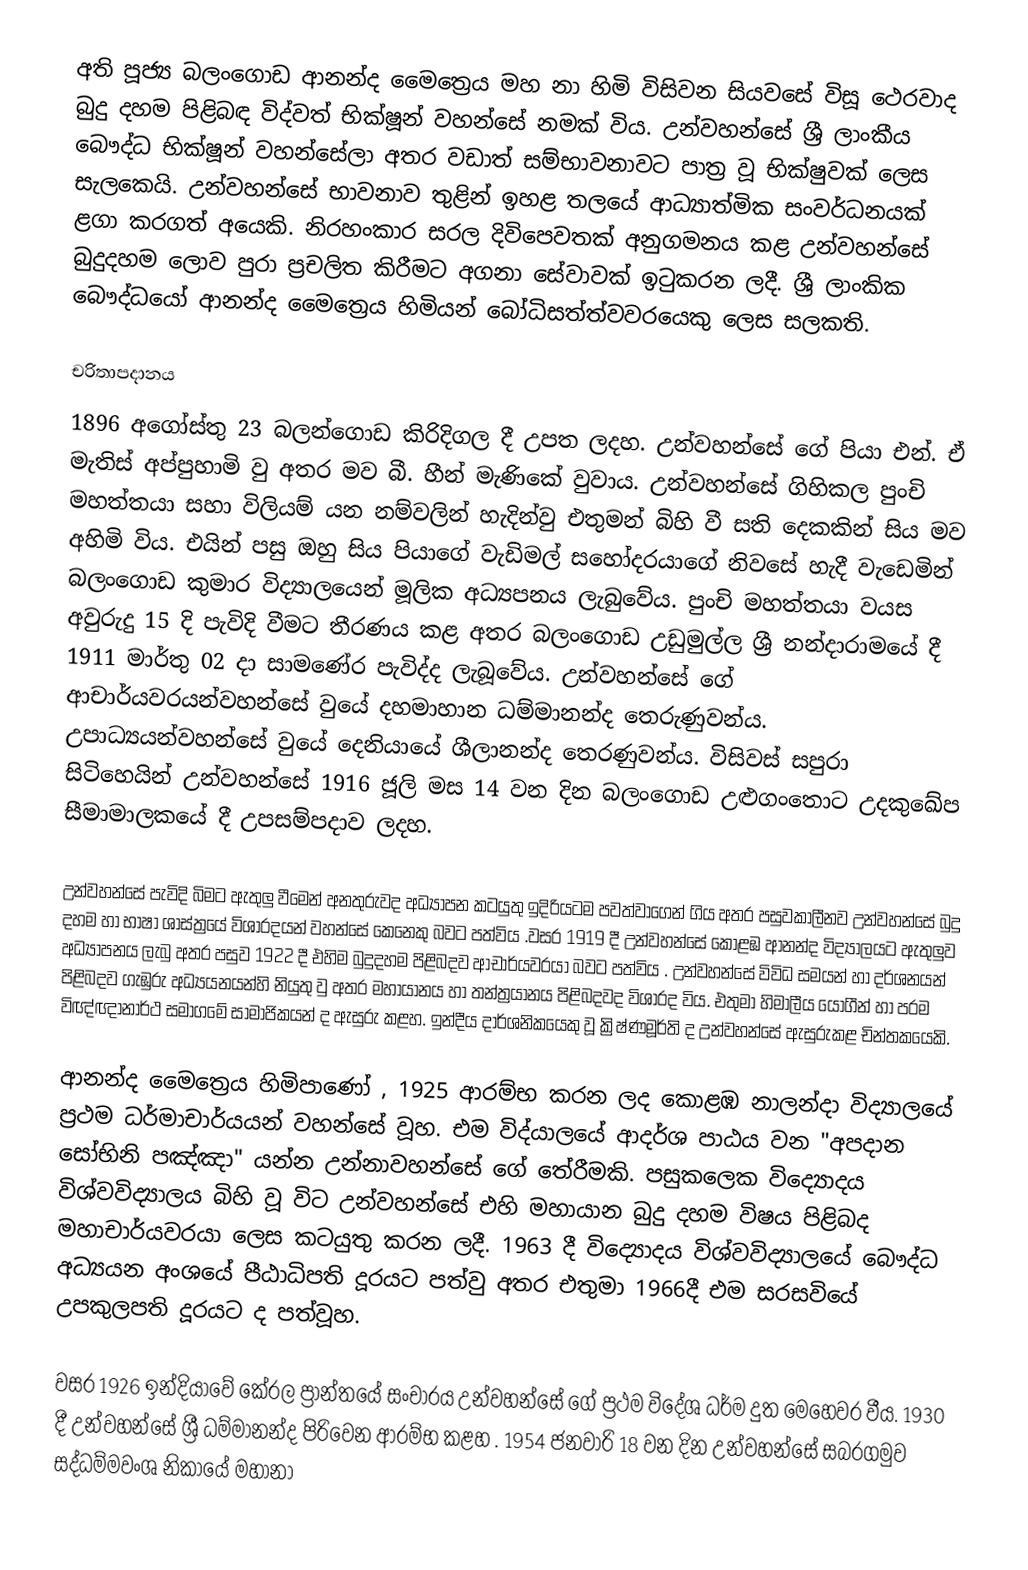
අති පූජ්‍ය බලංගොඩ ආනන්ද මෛත්‍රෙය මහ නා හිමි විසිවන සියවසේ විසූ ථෙරවාද  බුදු දහම පිළිබඳ විද්වත් භික්ෂූන් වහන්සේ නමක් විය. උන්වහන්සේ ශ්‍රී ලාංකීය බෞද්ධ භික්ෂූන් වහන්සේලා අතර වඩාත් සම්භාවනාවට පාත්‍ර වූ භික්ෂුවක් ලෙස සැලකෙයි. උන්වහන්සේ භාවනාව තුළින් ඉහළ තලයේ ආධ්‍යාත්මික සංවර්ධනයක් ළගා කරගත් අයෙකි. නිරහංකාර සරල දිවිපෙවතක් අනුගමනය කළ උන්වහන්සේ බුදුදහම ලොව පුරා ප්‍රචලිත කිරීමට අගනා සේවාවක් ඉ‍ටුකරන ලදී. ශ්‍රී ලාංකික බෞද්ධයෝ ආනන්ද මෛත්‍රෙය හිමියන් බෝධිසත්ත්වවරයෙකු ලෙස සලකති.

චරිතාපදානය
1896 අගෝස්තු 23 බලන්ගොඩ කිරිදිගල දී උපත ලදහ. උන්වහන්සේ ගේ පියා එන්. ඒ මැතිස් අප්පුහාමි වු අතර මව බී. හීන් මැණිකේ වුවාය.  උන්වහන්සේ ගිහිකල පුංචි මහත්තයා සහා විලියම් යන නම්වලින් හැදින්වු එතුමන් බිහි වී සති දෙකකින් සිය මව අහිමි විය. එයින් පසු ඔහු සිය පියාගේ වැඩිමල් සහෝදරයාගේ නිවසේ හැදී වැඩෙමින් බලංගොඩ කුමාර විද්‍යාලයෙන් මූලික අධ්‍යපනය ලැබුවේය. පුංචි මහත්තයා වයස අවුරුදු 15 දි පැවිදි වීමට තීරණය කළ අතර බලංගොඩ උඩුමුල්ල ශ්‍රී නන්දාරාමයේ දී 1911 මාර්තු 02 දා සාමණේර පැවිද්ද ලැබූවේය.  උන්වහන්සේ ගේ ආචාර්යවරයන්වහන්සේ වුයේ දහමාහාන ධම්මානන්ද තෙරුණුවන්ය. උපාධ්‍යයන්වහන්සේ වුයේ දෙනියායේ ශීලානන්ද තෙරණුවන්ය. විසිවස් සපුරා සිටිහෙයින් උන්වහන්සේ 1916 ජූලි මස 14 වන දින බලංගොඩ උළුගංතොට උදකුඛේප සීමාමාලකයේ දී උපසම්පදාව ලදහ.

උන්වහන්සේ පැවිදි බිමට ඇතුලු වීමෙන් අනතුරුවද අධ්‍යාපන කටයුතු ඉදිරියටම පවත්වාගෙන් ගිය අතර පසුවකාලීනව උන්වහන්සේ බුදු දහම  හා භාෂා ශාස්ත්‍රයේ විශාරදයන් වහන්සේ කෙනෙකු බවට පත්විය .වසර 1919 දී උන්වහන්සේ කොළඹ ආනන්ද විද්‍යාලයට ඇතුලුව අධ්‍යාපනය ලැබු අතර පසුව 1922 දී  එහිම බුදුදහම පිළිබදව ආචාර්යවරයා බවට පත්විය  . උන්වහන්සේ විවිධ සමයන් හා දර්ශනයන් පිළිබදව ගැඹුරු අධ්‍යයනයන්හි නියුතු වු අතර මහායානය හා තන්ත්‍රයානය පිළිබදවද විශාරද විය. එතුමා හිමාලීය යෝගීන් හා පරම විඥ්ඥානාර්ථ සමා‍ගමේ සාමාජිකයන් ද ඇසුරු කළහ. ඉන්දීය දාර්ශනිකයෙකු වූ ක්‍රිෂ්ණමූර්ති ද උන්වහන්සේ ඇසුරුකළ චින්තකයෙකි.

ආනන්ද මෛත්‍රෙය  හිමිපාණෝ , 1925 ආරම්භ කරන ලද කොළඹ නාලන්දා විද්‍යාලයේ ප්‍රථම ධර්මාචාර්යයන් වහන්සේ වූහ. එම විද්යාලයේ ආදර්ශ පාඨය වන "අපදාන සෝභිනි පඤ්ඤා" යන්න උන්නාවහන්සේ ගේ තේරීමකි. පසුකලෙක විද්‍යොදය විශ්වවිද්‍යාලය බිහි වූ විට උන්වහන්සේ එහි මහායාන බුදු දහම විෂය පිළිබද මහාචාර්යවරයා ලෙස කටයුතු කරන ලදී. 1963 දී විද්‍යොදය විශ්වවිද්‍යාලයේ බෞද්ධ අධ්‍යයන අංශයේ පීඨාධිපති දූරයට පත්වු අතර එතුමා 1966දී එම සරසවියේ උපකුලපති දූරයට ද පත්වූහ.

වසර 1926 ඉන්දියාවේ කේරල ප්‍රාන්තයේ  සංචාරය උන්වහන්සේ ගේ ප්‍රථම  විදේශ ධර්ම දුත මෙහෙවර වීය. 1930 දී උන්වහන්සේ  ශ්‍රී ධම්මානන්ද පිරිවෙන ආරම්භ කළහ . 1954 ජනවාරි 18 වන දින උන්වහන්සේ සබරගමුව සද්ධම්මවංශ නිකායේ මහානා